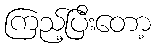
ကြည့်ပြီးတော့